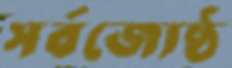
সর্বজ্যেষ্ঠ